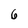
Character: 6